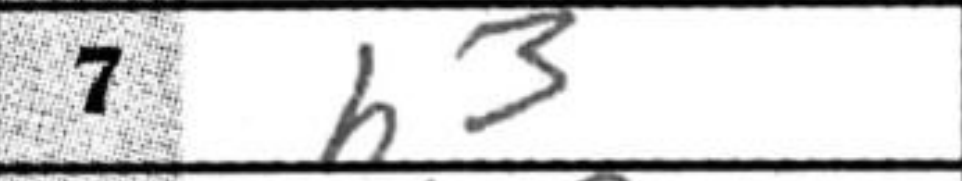
Transcription: h3